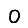
Digit: 0